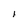
Character: l